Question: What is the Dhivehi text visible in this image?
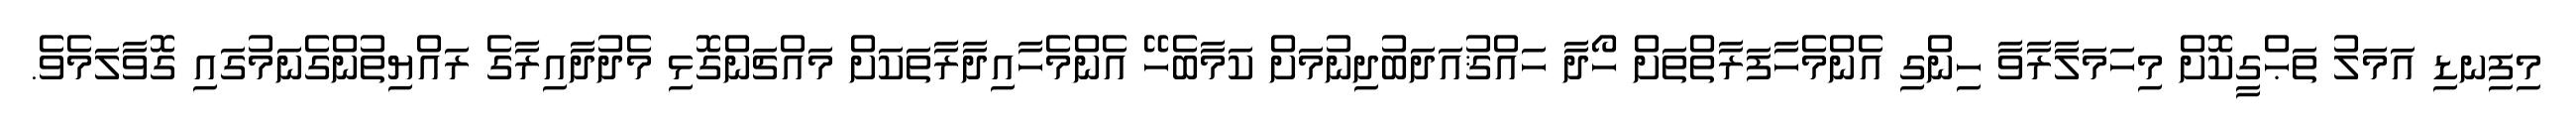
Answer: މިފިނޑި އަމަލު ތަޙްގީކޮށް މިހަމަލާރާވާ ހިންގި އެންމެހާފަރާތްތަށް ހޯދާ ހައްޤުއަދަބުދިނުމަށް ކަމާބެހޭ އެންމެހާއިދާރާތަކަށް މައްޗަންގޮޅި މެދުދާއިރާގެ ރައްޔިތުންގެނަމުގައި ގޮވާލަމެވެ.